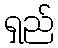
ရှည်